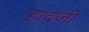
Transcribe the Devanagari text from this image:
हादजी